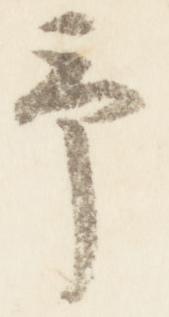
予